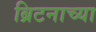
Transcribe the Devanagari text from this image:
ब्रिटनाच्या